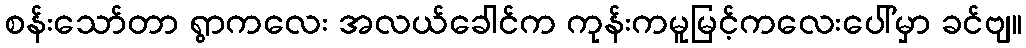
စန်းသော်တာ ရွာကလေး အလယ်ခေါင်က ကုန်းကမူမြင့်ကလေးပေါ်မှာ ခင်ဗျ။